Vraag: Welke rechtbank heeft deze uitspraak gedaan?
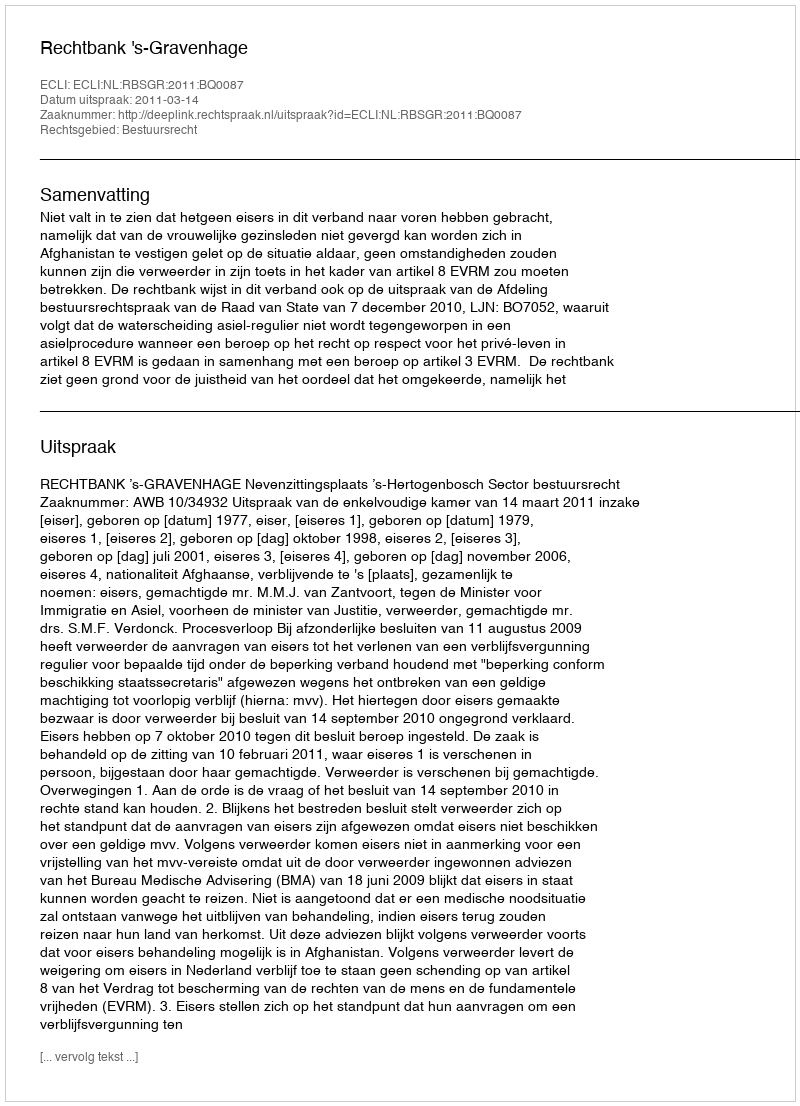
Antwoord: Rechtbank 's-Gravenhage